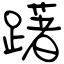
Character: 躇